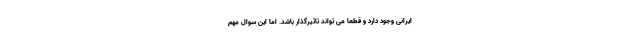
ایرانی وجود دارد و قطعا می تواند تاثیرگذار باشد. اما این سوال مهم